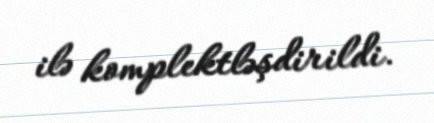
ilə komplektləşdirildi.